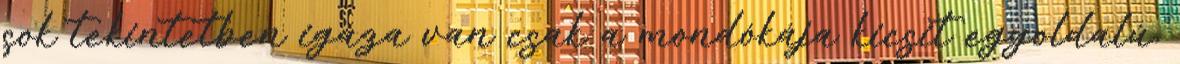
sok tekintetben igaza van csak a mondókája kicsit egyoldalú,